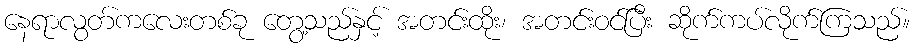
နေရာလွတ်ကလေးတစ်ခု တွေ့သည်နှင့် အတင်းထိုး၊ အတင်းဝင်ပြီး ဆိုက်ကပ်လိုက်ကြသည်။